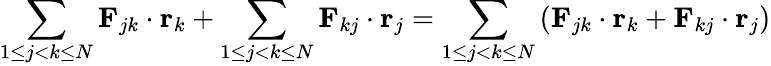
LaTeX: \sum_{1\leq j<k\leq N}\mathbf{F}_{jk}\cdot\mathbf{r}_{k}+\sum_{1\leq j<k\leq N}\mathbf{F}_{kj}\cdot\mathbf{r}_{j}=\sum_{1\leq j<k\leq N}\left(\mathbf{F}_{jk}\cdot\mathbf{r}_{k}+\mathbf{F}_{kj}\cdot\mathbf{r}_{j}\right)